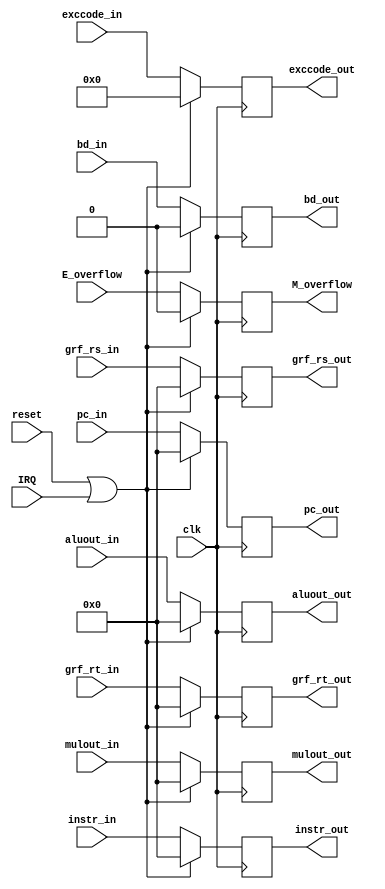
`timescale 1ns / 1ps
//////////////////////////////////////////////////////////////////////////////////
// Company: 
// Engineer: 
// 
// Design Name: 
// Module Name:    EX_ME 
// Project Name: 
// Target Devices: 
// Tool versions: 
// Description: 
//
// Dependencies: 
//
// Revision: 
// Revision 0.01 - File Created
// Additional Comments: 
//
//////////////////////////////////////////////////////////////////////////////////
`default_nettype none
module EX_ME(
    input wire clk,
	 input wire reset,
	 input wire IRQ,
	 
	 input wire bd_in,
	 output reg bd_out = 0,
	 input wire [31:0] pc_in,
	 output reg [31:0] pc_out = 0,
	 input wire [31:0] instr_in,
	 output reg [31:0] instr_out = 0,
	 input wire [31:0] grf_rs_in,
	 output reg [31:0] grf_rs_out = 0,
	 input wire [31:0] grf_rt_in,
	 output reg [31:0] grf_rt_out = 0,
	 input wire [31:0] aluout_in,
	 output reg [31:0] aluout_out = 0,
	 input wire [31:0] mulout_in,
	 output reg [31:0] mulout_out = 0,
	 input wire E_overflow,
	 output reg M_overflow = 0,
	 input wire [6:2] exccode_in,
	 output reg [6:2] exccode_out = 0
    );
	 
	 always@(posedge clk)begin
	     if(reset == 1 || IRQ == 1)begin
		      bd_out<=0;
				pc_out<=0;
		      instr_out<=0;
				grf_rs_out<=0;
				grf_rt_out<=0;
		      aluout_out<=0;
				mulout_out<=0;
				exccode_out<=0;
				M_overflow<=0;
		  end
		  else begin
		      bd_out<=bd_in;
				pc_out<=pc_in;
		      instr_out<=instr_in;
				grf_rs_out<=grf_rs_in;
				grf_rt_out<=grf_rt_in;
		      aluout_out<=aluout_in;
				mulout_out<=mulout_in;
				exccode_out<=exccode_in;
				M_overflow<=E_overflow;
		  end
	 end


endmodule